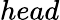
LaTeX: head